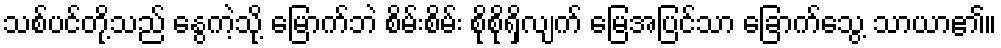
သစ်ပင်တို့သည် နွေကဲ့သို့ မြောက်ဘဲ စိမ်းစိမ်း စိုစိုရှိလျက် မြေအပြင်သာ ခြောက်သွေ့ သာယာ၏။